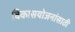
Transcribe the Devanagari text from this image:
विकासयोजनांसाठी